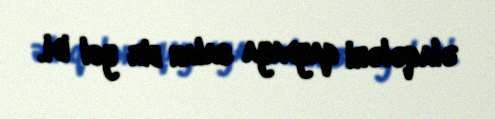
əlaqələri qaydaya salan bir yol idi.